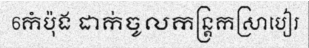
6កំប៉ុង ដាក់ចូលកន្ត្រកស្រាបៀរ